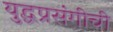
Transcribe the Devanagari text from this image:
युद्धप्रसंगीची